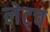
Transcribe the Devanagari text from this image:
लेट्च